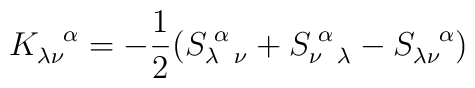
K_{\lambda \nu}^{\hspace{.3 true cm}\alpha} =-\frac{1}{2}(S_{\lambda \hspace{.2 true cm} \nu}^{\hspace{.1 truecm} \alpha} + S_{\nu \hspace{.2 true cm} \lambda}^{\hspace{.1 truecm} \alpha} - S_{\lambda \nu}^{\hspace{.3 true cm} \alpha})